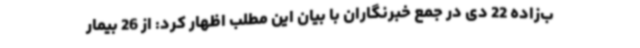
ب‌زاده 22 دی در جمع خبرنگاران با بیان این مطلب اظهار کرد: از 26 بیمار